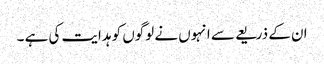
ان کے ذریعے سے انہوں نے لوگوں کو ہدایت کی ہے ۔